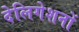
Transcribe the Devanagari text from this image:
देलिगेशनों